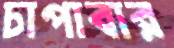
চাপাবার